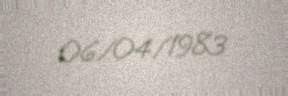
06/04/1983